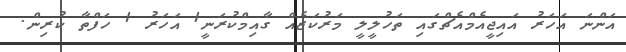
އަންނަ އަހަރު އައިޖީއެމްއެޗްގައި ތަހުލީލީ މަރުކަޒެއް ގާއިމްކުރަނީ1 އަހަރު 1 ހަފްތާ ކުރިން.